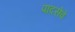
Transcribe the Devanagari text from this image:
पादसेवे